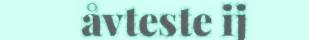
åvteste ij